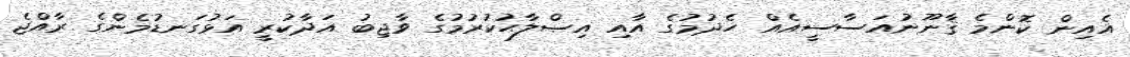
އެއިން ކޮންމެ ޤާނޫނުއަސާސީއެއް ހެދުމުގެ އާއި އިޞްލާޙުކުރުމުގެ ވާޖިބު އަދާކުރީ އަޅުގަނޑުމެންގެ ރާއްޖެ